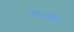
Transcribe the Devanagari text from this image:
ययौ